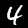
Digit: 4